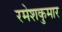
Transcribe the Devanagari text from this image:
रमेशकुमार